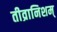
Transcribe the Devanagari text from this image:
तीव्रानिशम्‌